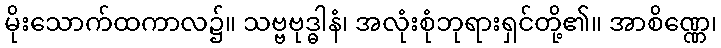
မိုးသောက်ထကာလ၌။ သဗ္ဗဗုဒ္ဓါနံ၊ အလုံးစုံဘုရားရှင်တို့၏။ အာစိဏ္ဏေ၊